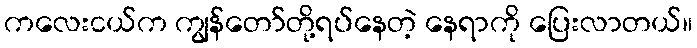
ကလေးငယ်က ကျွန်တော်တို့ရပ်နေတဲ့ နေရာကို ပြေးလာတယ်။